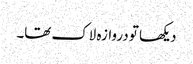
دیکھا تو دروازہ لاک تھا۔